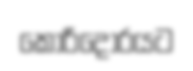
කොරිදෝරයට